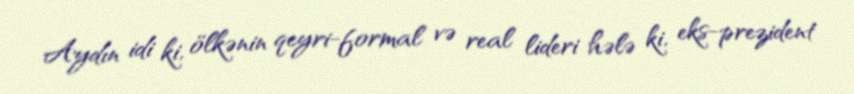
Aydın idi ki, ölkənin qeyri-formal və real lideri hələ ki, eks-prezident